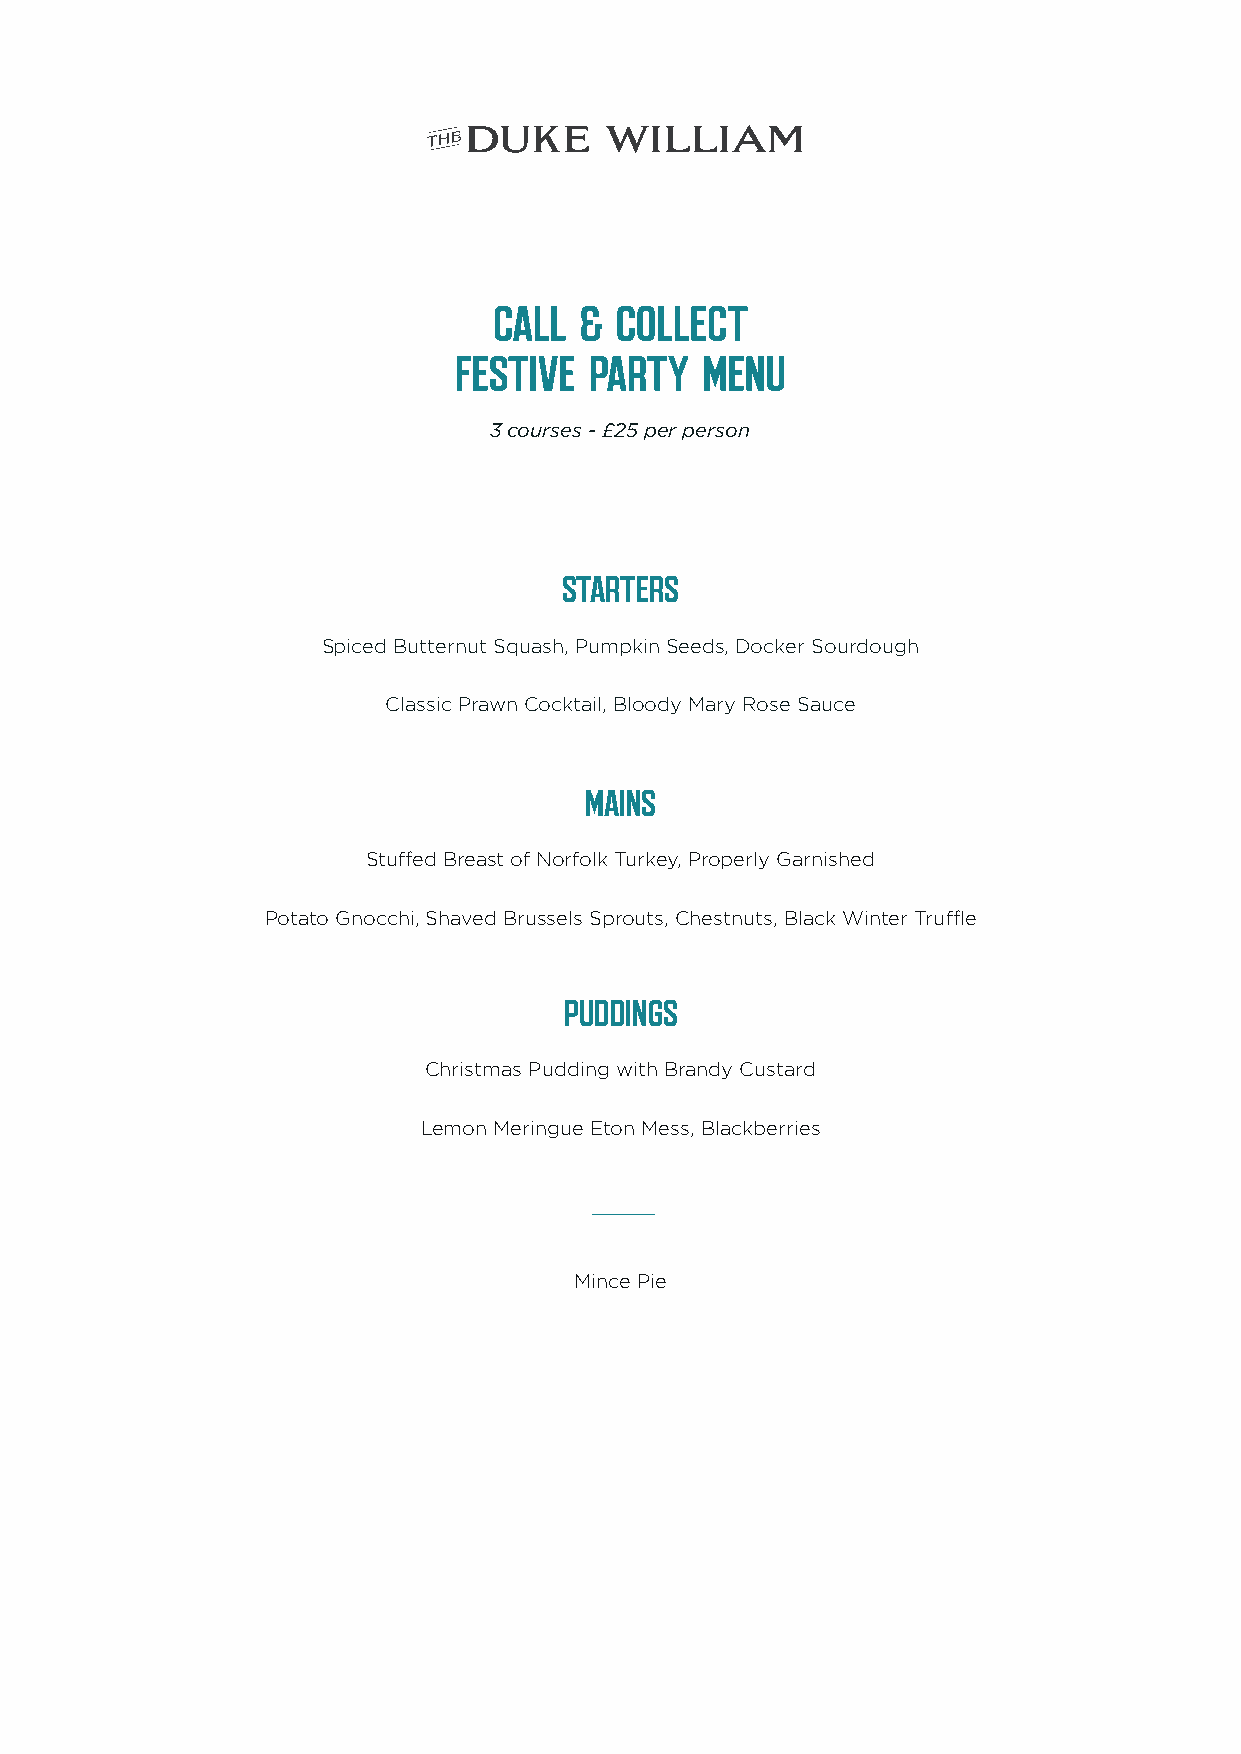
CCAALLLL && CCOOLLLLEECCTT
 FFEESSTTIIVVEE PPAARRTTYY MMEENNUU
 3 courses - £25 per person
 SSTTAARRTTEERRSS
 Spiced Butternut Squash, Pumpkin Seeds, Docker Sourdough
 Classic Prawn Cocktail, Bloody Mary Rose Sauce
 MMAAIINNSS
 Stuffed Breast of Norfolk Turkey, Properly Garnished
 Potato Gnocchi, Shaved Brussels Sprouts, Chestnuts, Black Winter Truffle
 PPUUDDDDIINNGGSS
 Christmas Pudding with Brandy Custard
 Lemon Meringue Eton Mess, Blackberries
 Mince Pie